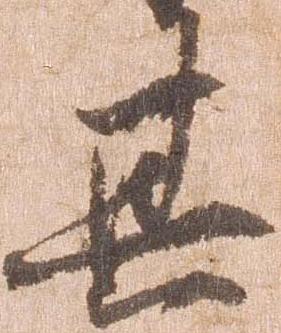
其